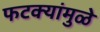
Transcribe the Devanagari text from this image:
फटक्यांमुळे